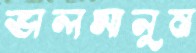
ভালমানুষ